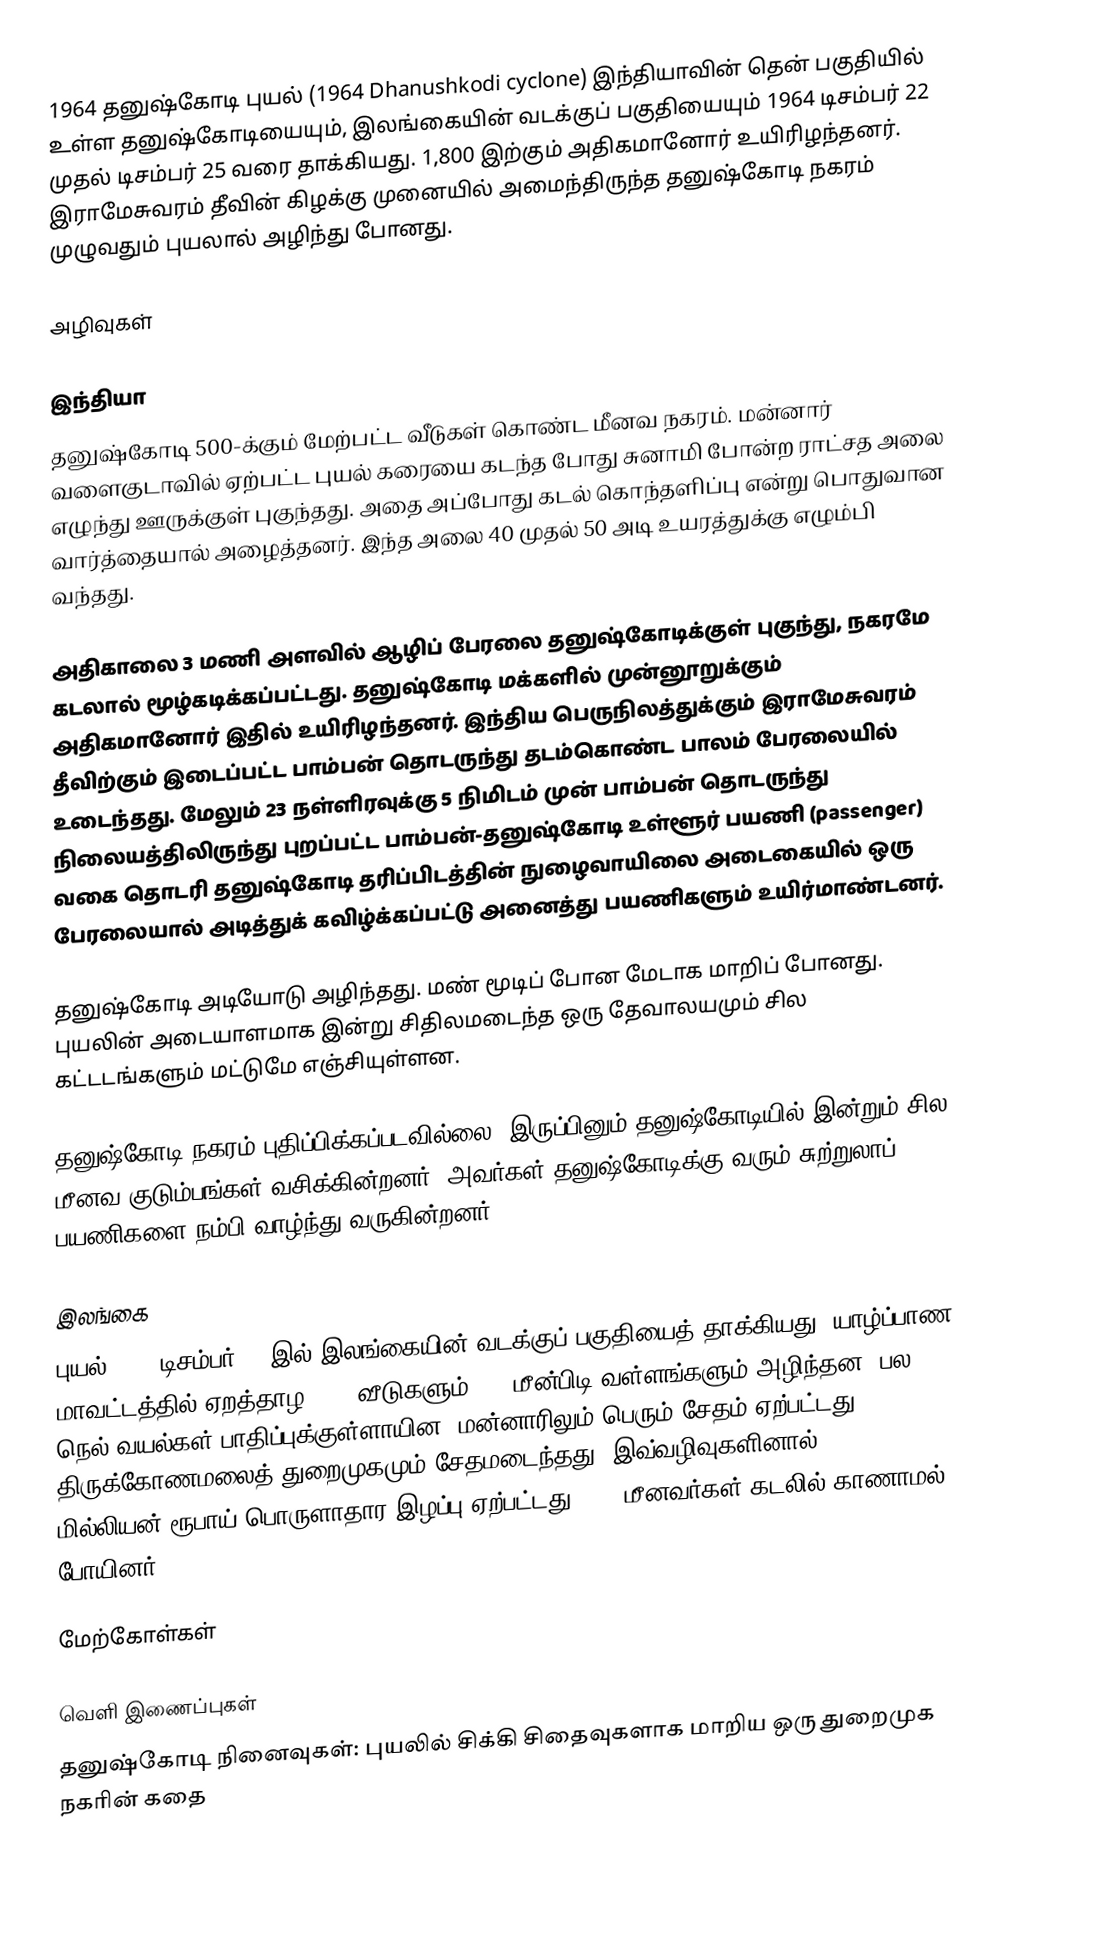
1964 தனுஷ்கோடி புயல் (1964 Dhanushkodi cyclone) இந்தியாவின் தென் பகுதியில் உள்ள தனுஷ்கோடியையும், இலங்கையின் வடக்குப் பகுதியையும் 1964 டிசம்பர் 22 முதல் டிசம்பர் 25 வரை தாக்கியது. 1,800 இற்கும் அதிகமானோர் உயிரிழந்தனர். இராமேசுவரம் தீவின் கிழக்கு முனையில் அமைந்திருந்த தனுஷ்கோடி நகரம் முழுவதும் புயலால் அழிந்து போனது.

அழிவுகள்

இந்தியா
தனுஷ்கோடி 500-க்கும் மேற்பட்ட வீடுகள் கொண்ட மீனவ நகரம். மன்னார் வளைகுடாவில் ஏற்பட்ட புயல் கரையை கடந்த போது சுனாமி போன்ற ராட்சத அலை எழுந்து ஊருக்குள் புகுந்தது. அதை அப்போது கடல் கொந்தளிப்பு என்று பொதுவான வார்த்தையால் அழைத்தனர். இந்த அலை 40 முதல் 50 அடி உயரத்துக்கு எழும்பி வந்தது.

அதிகாலை 3 மணி அளவில் ஆழிப் பேரலை தனுஷ்கோடிக்குள் புகுந்து,  நகரமே கடலால் மூழ்கடிக்கப்பட்டது. தனுஷ்கோடி மக்களில் முன்னூறுக்கும் அதிகமானோர் இதில் உயிரிழந்தனர். இந்திய பெருநிலத்துக்கும் இராமேசுவரம் தீவிற்கும் இடைப்பட்ட பாம்பன் தொடருந்து தடம்கொண்ட பாலம் பேரலையில் உடைந்தது. மேலும் 23 நள்ளிரவுக்கு 5 நிமிடம் முன் பாம்பன் தொடருந்து நிலையத்திலிருந்து புறப்பட்ட பாம்பன்-தனுஷ்கோடி உள்ளூர் பயணி (passenger) வகை தொடரி தனுஷ்கோடி தரிப்பிடத்தின் நுழைவாயிலை அடைகையில் ஒரு பேரலையால் அடித்துக் கவிழ்க்கப்பட்டு அனைத்து பயணிகளும் உயிர்மாண்டனர்.

தனுஷ்கோடி அடியோடு அழிந்தது. மண் மூடிப் போன மேடாக மாறிப் போனது. புயலின் அடையாளமாக இன்று சிதிலமடைந்த ஒரு தேவாலயமும் சில கட்டடங்களும் மட்டுமே எஞ்சியுள்ளன.

தனுஷ்கோடி நகரம் புதிப்பிக்கப்படவில்லை. இருப்பினும் தனுஷ்கோடியில் இன்றும் சில மீனவ குடும்பங்கள் வசிக்கின்றனர். அவர்கள் தனுஷ்கோடிக்கு வரும் சுற்றுலாப் பயணிகளை நம்பி வாழ்ந்து வருகின்றனர்.

இலங்கை
புயல் 1964 டிசம்பர் 22 இல் இலங்கையின் வடக்குப் பகுதியைத் தாக்கியது. யாழ்ப்பாண மாவட்டத்தில் ஏறத்தாழ 5000 வீடுகளும் 700 மீன்பிடி வள்ளங்களும் அழிந்தன. பல நெல் வயல்கள் பாதிப்புக்குள்ளாயின. மன்னாரிலும் பெரும் சேதம் ஏற்பட்டது. திருக்கோணமலைத் துறைமுகமும் சேதமடைந்தது. இவ்வழிவுகளினால் 200 மில்லியன் ரூபாய் பொருளாதார இழப்பு ஏற்பட்டது. 350 மீனவர்கள் கடலில் காணாமல் போயினர்.

மேற்கோள்கள்

வெளி இணைப்புகள்
தனுஷ்கோடி நினைவுகள்: புயலில் சிக்கி சிதைவுகளாக மாறிய ஒரு துறைமுக நகரின் கதை
Satellite Study of the Rameswaram Cycl